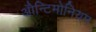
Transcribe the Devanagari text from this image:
ॲोन्टिमोनियम